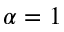
\alpha = 1